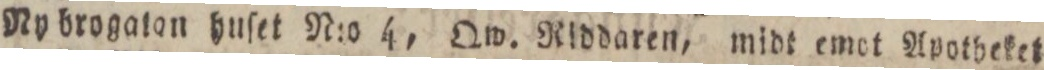
Ny brogaton huſet N:o 4, Qw. Riddaren, midt emot Apotheket